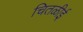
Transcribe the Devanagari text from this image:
चितळीई